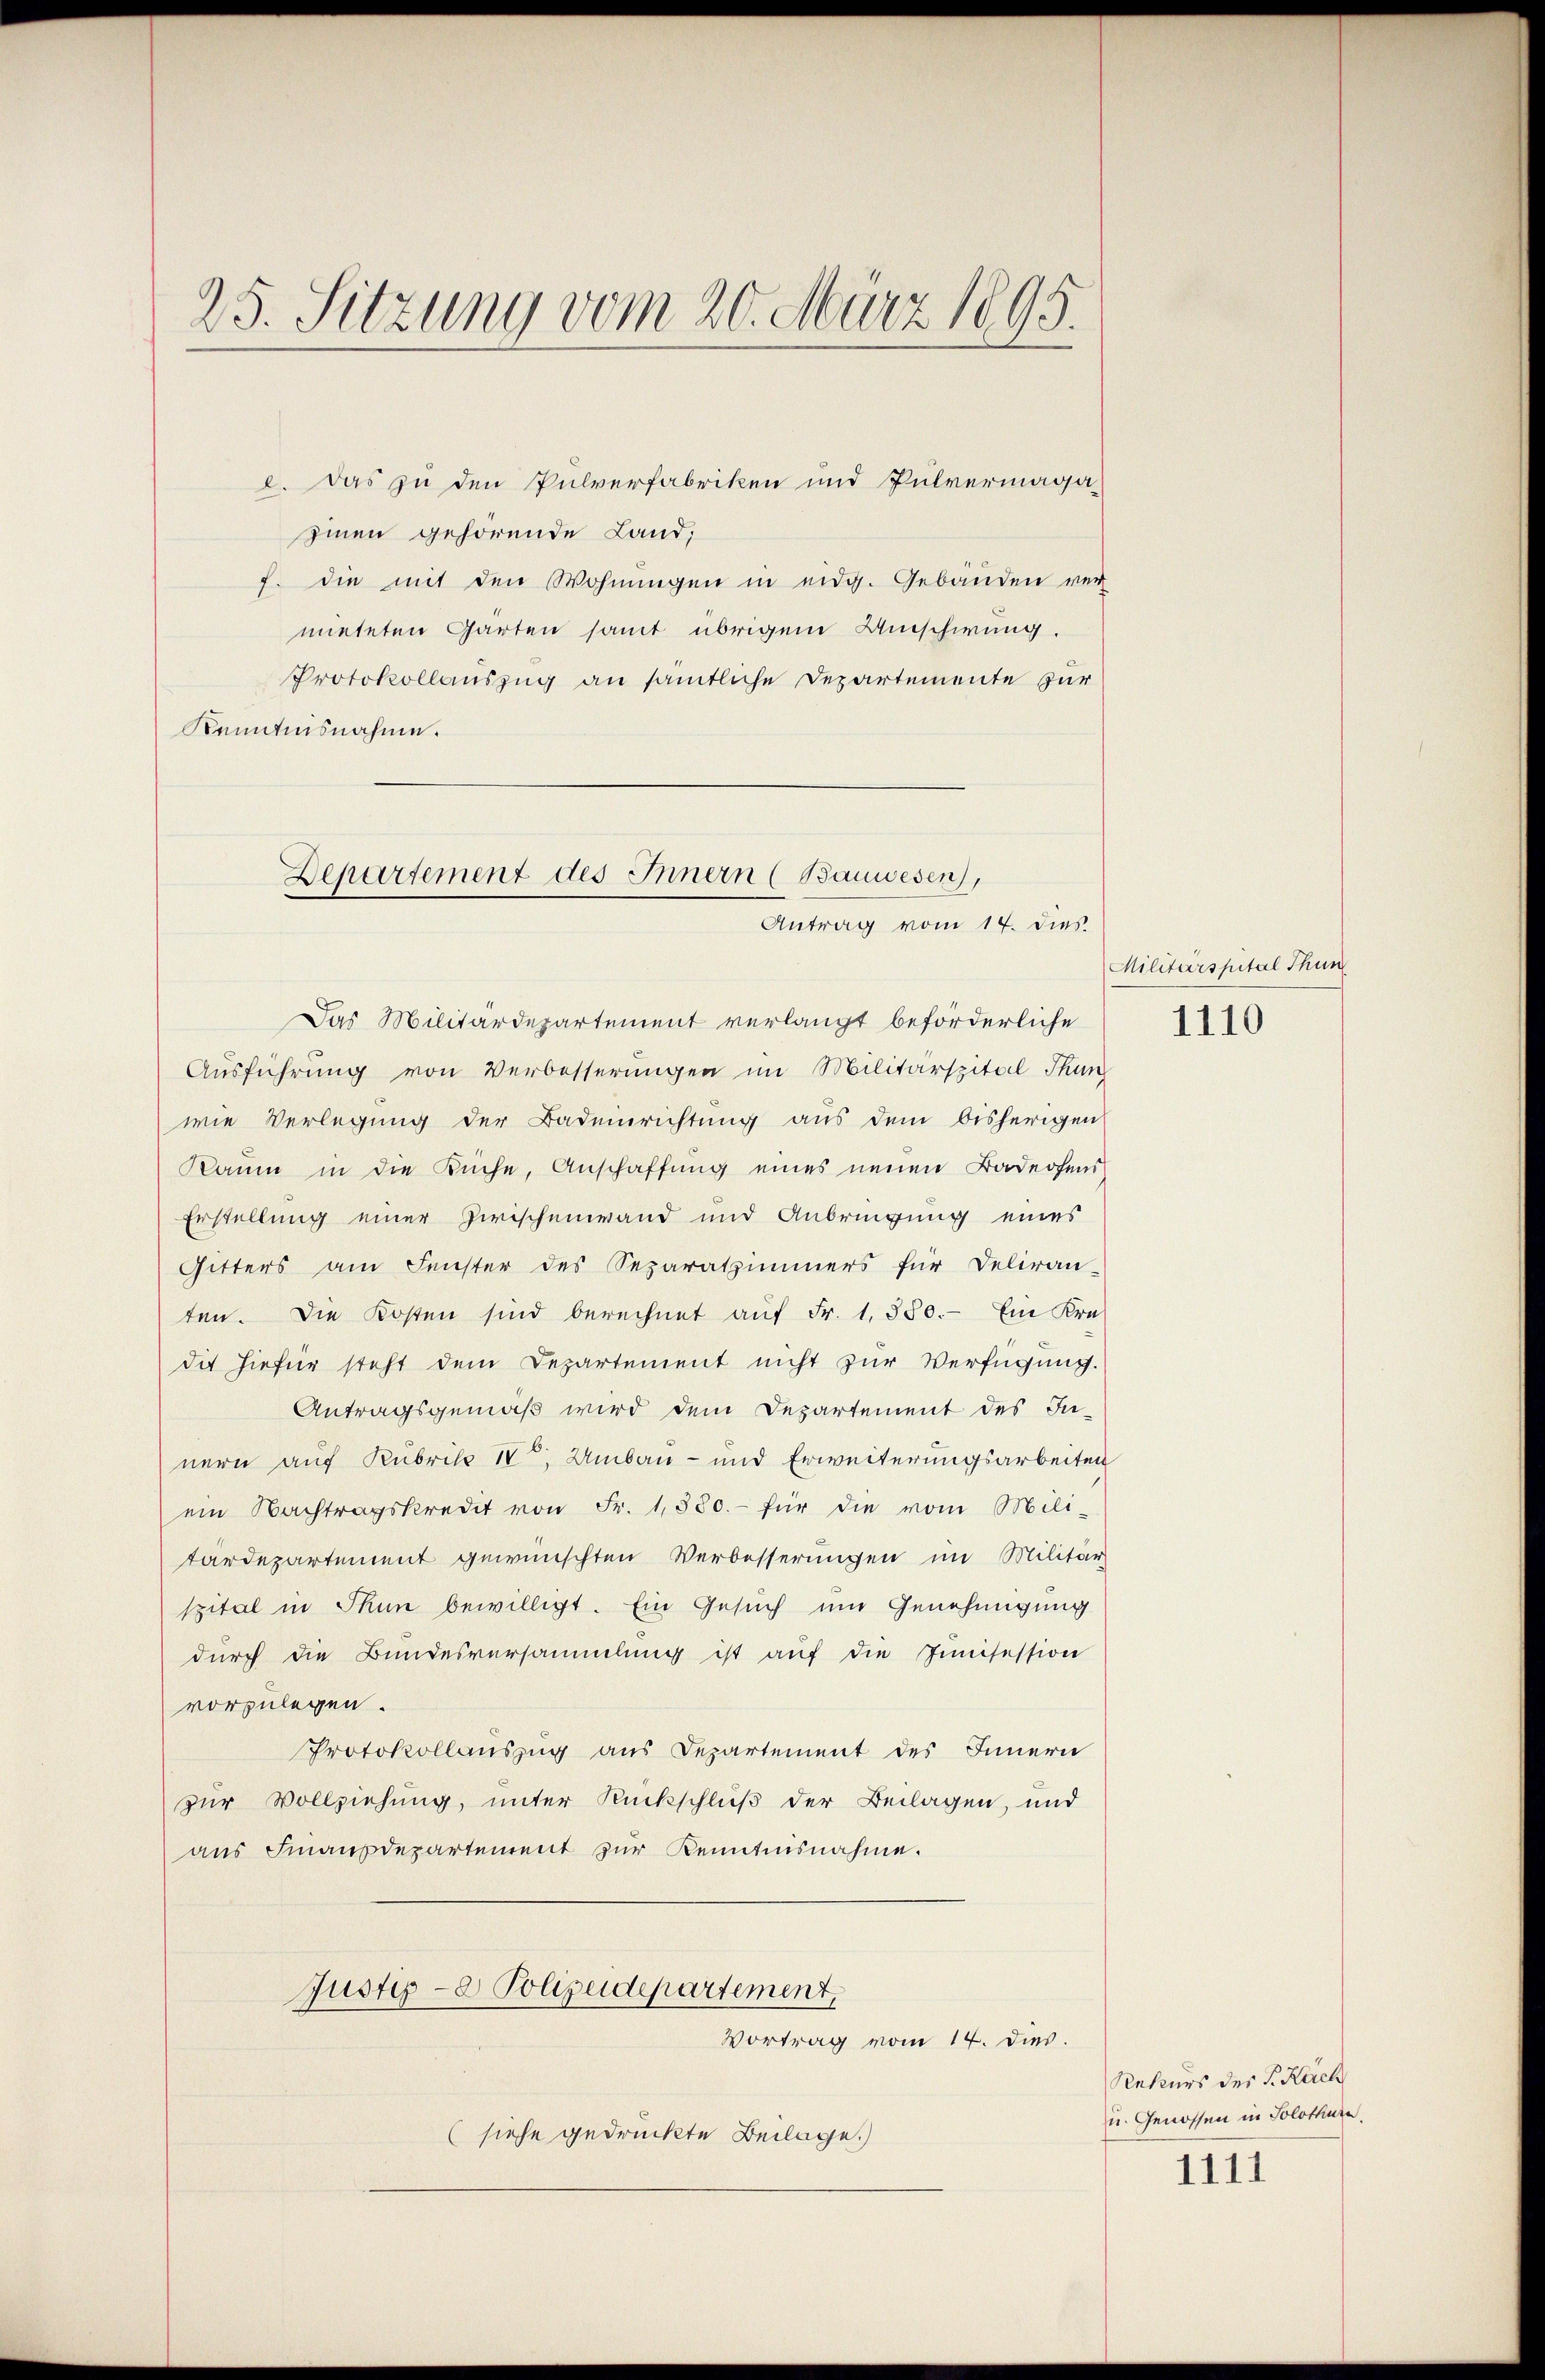
25. Sitzung vom 20. März 1895.

l. Das zu den Pulverfabriken und Pulvermaga-
zien gehörende Land;
f. die mit den Wohnungen in eidg. Gebäuden ver
mieteten Garten samt übrigem Umschwung.
Protokollauszug an sämtliche Departemente zur
Kenntnisnahme.

Departement des Innern (Bauwesen,
Antrag vom 14. dies

Das Militärdepartement verlangt beförderliche
Ausführung von Verbesserungen im Militärspital Thun
wie Verlegung der Badeinrichtung aus dem bisherigen
Raum in die Küche, Anschaffung eines neuen Badeohend
Erstellung einer Zwischenwand und Anbringung eines
Gitters am Fenster des Separatzimmers für Deliran-
ten. Die Kosten sind berechnet aŭf Fr. 1. 380. Ein Kre
die hiefür steht dem Departement nicht zur Verfügung.
Antragsgemäß wird dem Departement des In-
nern auf Rubrik IV Umbau- und Erweiterungsarbeiten
ein Nachtragskredit von Fr. 1,300.- für die vom Mili-
tardepartement gewünschten Verbesserungen im Militär
spital in Thun bewilligt. Ein Gesuch um Genehmigung
dŭrch die Bundesversammlung ist aŭf die Junisession
vorzulegen.
Protokollauszug aus Departement des Innern
zur Vollziehung, unter Rückschluß der Beilagen, und
aus Finanzdepartement zur Kenntnisnahme.
Justiz- & Polizeidepartement
Vortrag vom 14. dies.
(siehe gedruckte Beilage.)

Militärspital Thun

1110

Rekurs des P. Kirch
u. Genossen in Solothure.
1111